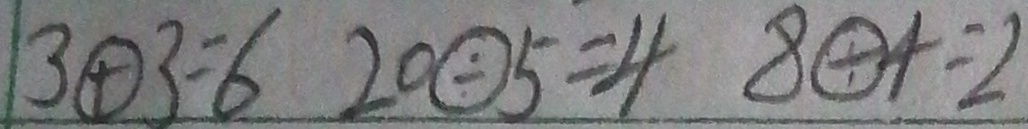
3 \textcircled { + } 3 = 6 2 0 \textcircled { \div } 5 = 4 8 \textcircled { \div } 4 = 2